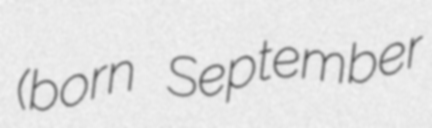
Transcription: (born September